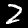
Digit: 2